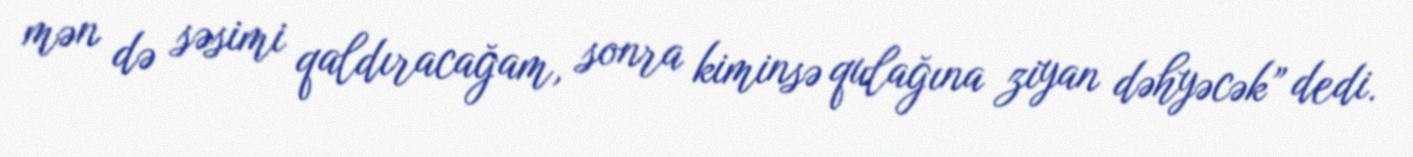
mən də səsimi qaldıracağam, sonra kiminsə qulağına ziyan dəhyəcək” dedi.